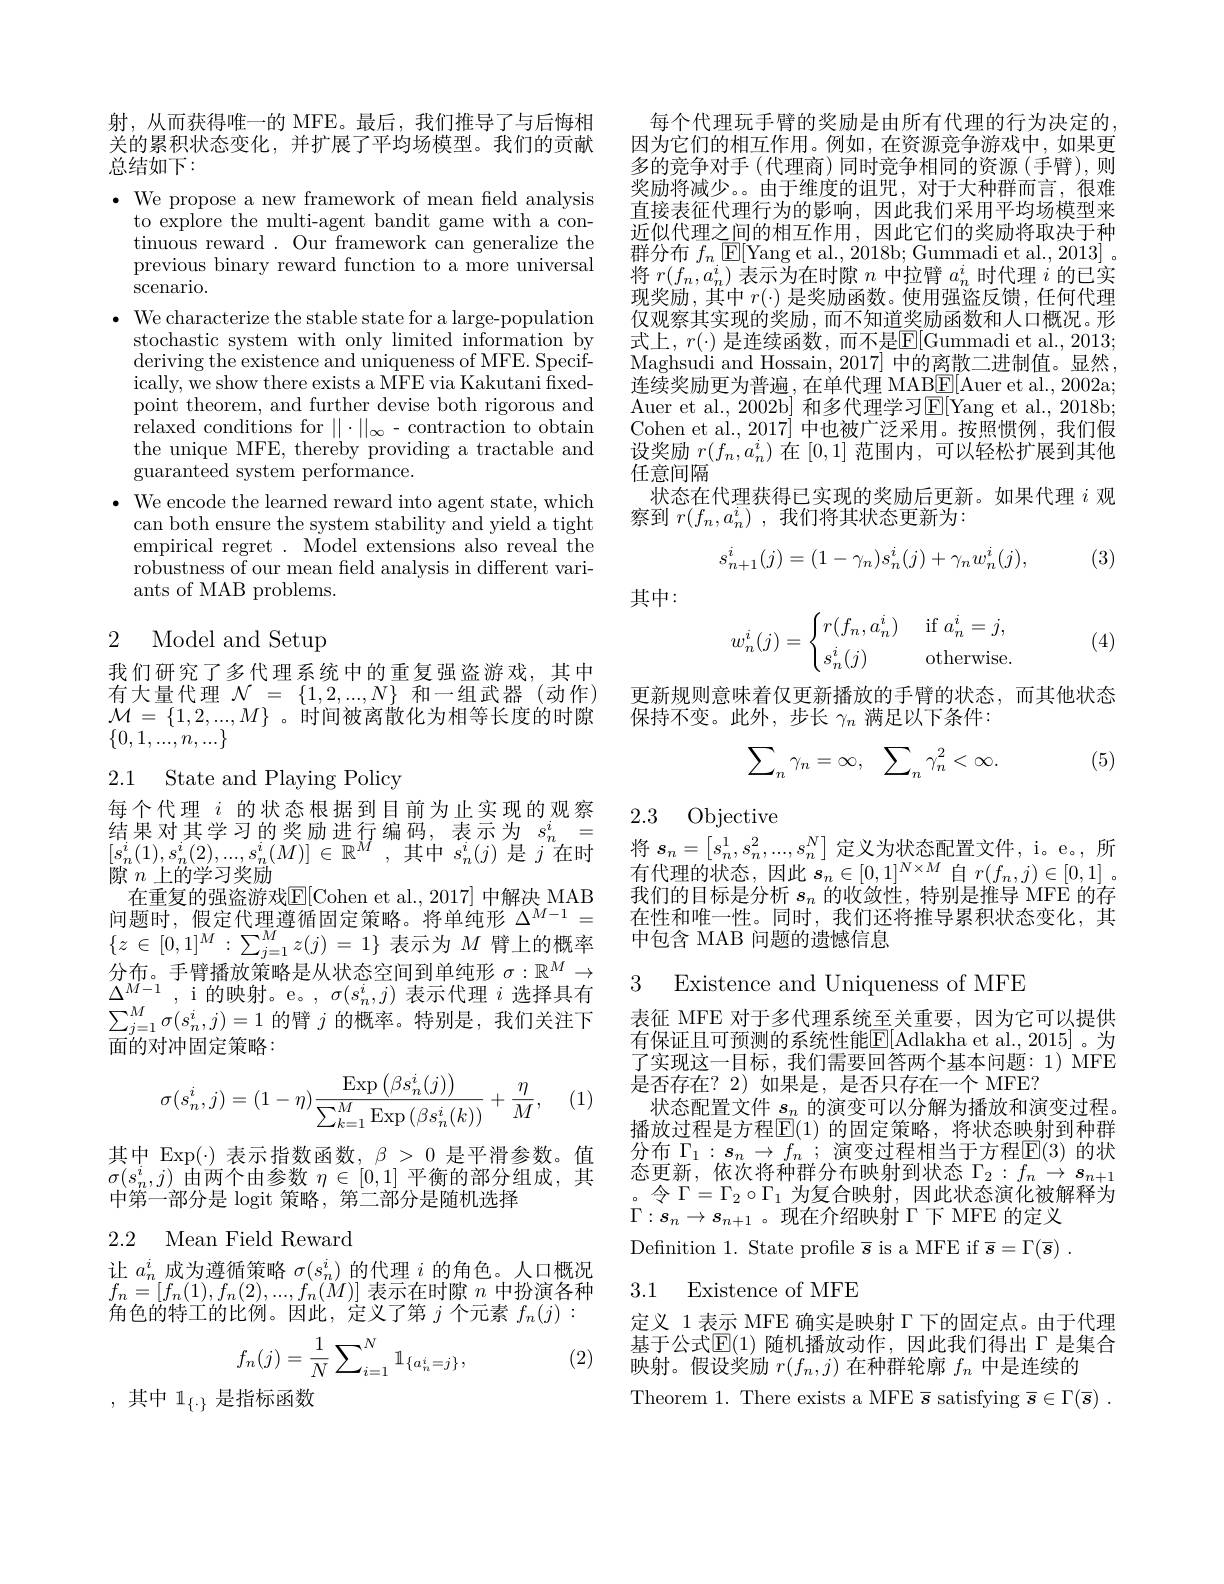
射，从而获得唯一的 MFE。最后，我们推导了与后悔相关的累积状态变化，并扩展了平均场模型。我们的贡献总结如下：

$\bullet$ We propose a new framework of mean feld analysis
to explore the multi-agent bandit game with a continuous reward . Our framework can generalize the previous binary reward function to a more universal scenario.
$\bullet$ We characterize the stable state for a large-population
stochastic system with only limited information by deriving the existence and uniqueness of MFE. Specifically, we show there exists a MFE via Kakutani fixed- point theorem, and further devise both rigorous and relaxed conditions for $\|\cdot\|_\infty-$contraction to obtain the unique MFE, thereby providing a tractable and guaranteed system performance.
$\bullet$ We encode the learned reward into agent state, which
can both ensure the system stability and yield a tight empirical regret . Model extensions also reveal the robustness of our mean field analysis in different variants of MAB problems.

## 2 Model and Setup

我们研究了多代理系统中的重复强盗游戏，其中有大量代理$\mathcal{N}=\{1,2,...,N\}$和一组武器(动作) $\mathcal{M}=\{1,2,...,M\}$。时间被离散化为相等长度的时隙$\{0,1,...,n,...\}$

2.1 State and Playing Policy

每个代理$i$的状态根据到目前为止实现的观察结果对其学习的奖励进行编码，表示为$s_n^i=$ $[ s_{n}^{i}( 1) , s_{n}^{i}( 2) , . . . , s_{n}^{i}( M) ] \in \mathbb{R} ^{M}$ ,其中$s_n^{i}(j)$ 是$j$在时隙$n$上的学习奖励
在重复的强盗游戏$\overline{\mathbb{E}}[$Cohen et al., 2017] 中解决 MAB
分 布 。手 臂 播 放 策 略 是 从 状 态 空 间 到 单 纯 形 $\sigma : \mathbb{R} ^M\to$ 3 Existence and Uniqueness of MFE $\sum _{j= 1}^M\sigma ( s_n^i, j) = 1$ 的 臂 $j$ 的 概 率 。特 别 是 , 我 们 关 注 下 表 征 MFE 对 于 多 代 理 系 统 至 关 重 要 , 因 为 它 可 以 提 供 在 你 如 中 由 已 等 做
面的对冲固定策略：

(1)
$$\sigma(s_n^i,j)=(1-\eta)\frac{\mathrm{Exp}\left(\beta s_n^i(j)\right)}{\sum_{k=1}^M\mathrm{Exp}\left(\beta s_n^i(k)\right)}+\frac{\eta}{M},$$
其中 Exp(\cdot) 表示指数函数，$\beta>0$是平滑参数。值$\sigma(s_n^i,j)$由两个由参数$\eta\in[0,1]$平衡的部分组成，其中第一部分是 logit 策略，第二部分是随机选择

## 2.2 Mean Field Reward

让$a_n^i$成为遵循策略$\sigma(s_n^i)$的代理$i$的角色。人口概况$\begin{array}{l}{f_{n}=[f_{n}(1),f_{n}(2),...,f_{n}(M)]\text{ 表示在时隙 }n\text{ 中扮演各种}}\\{f_{n}=[f_{n}(1),f_{n}(2),...,f_{n}(M)]\text{ 表示在时隙 }n\text{ 中扮演各种}}\end{array}$ 角色的特工的比例。因此，定义了第$j$个元素$f_n(j):$
$$f_n(j)=\frac{1}{N}\sum_{i=1}^{N}\mathbb{1}_{\{a_n^i=j\}},$$
(2)

,其中$1_\{\cdot\}$是指标函数

每个代理玩手臂的奖励是由所有代理的行为决定的， 因为它们的相互作用。例如，在资源竞争游戏中，如果更多的竞争对手(代理商)同时竞争相同的资源(手臂),则奖励将减少。。由于维度的诅咒，对于大种群而言，很难直接表征代理行为的影响，因此我们采用平均场模型来近似代理之间的相互作用，因此它们的奖励将取决于种群分布$f_n$ [E[Yang et al., 2018b; Gummadi et al., 2013]。将$r(f_n,a_n^i)$表示为在时隙$n$中拉臂$a_n^i$时代理$i$的已实现奖励，其中$r(\cdot)$是奖励函数。使用强盗反馈，任何代理仅观察其实现的奖励，而不知道奖励函数和人口概况。形$\begin{array}{l}{\text{式上，}r(\cdot)\text{ 是连续函数，而不是}\overline{\mathrm{E}}[\text{Gummadi et al., 2013;}\\{\text{Maghsudi and Hossain, 2017] 中的离散二进制值。显然}}\end{array}}\\\begin{array}{l}{{\mathrm{Maghsudi~and~Hossain,~2017]~}}}\\{{\mathrm{P}}}\end{array}$ 连续奖励更为普遍，在单代理 MAB$\underline{\mathrm{E}}[$Auer et al., 2002a; Auer et al., 2002b] 和多代理学习E[Yang et al., 2018b; Cohen et al., 2017] 中也被广泛采用。按照惯例，我们假设奖励$r(f_n,a_n^i)$在[0,1]范围内，可以轻松扩展到其他任意间隔
状态在代理获得已实现的奖励后更新。如果代理$i$观
察到$r( f_n, a_n^i)$ ,我们将其状态更新为：
$$s_{n+1}^i(j)=(1-\gamma_n)s_n^i(j)+\gamma_nw_n^i(j),$$
(3)

其中：
$$w_n^i(j)=\begin{cases}r(f_n,a_n^i)&\text{if}a_n^i=j,\\s_n^i(j)&\text{otherwise.}\end{cases}$$
(4)

更新规则意味着仅更新播放的手臂的状态，而其他状态
保持不变。此外，步长$\gamma_n$满足以下条件：

(5)
$$\sum_n\gamma_n=\infty,\:\sum_n\gamma_n^2<\infty.$$
2.3 Objective

将$s_n=[s_n^1,s_n^2,...,s_n^N]$定义为状态配置文件，i。e。,所有代理的状态，因此$s_n\in[0,1]^{N\times M}$自$r(f_n,j)\in[0,1]$ 。我们的目标是分析$s_n$的收敛性，特别是推导 MFE 的存在性和唯一性。同时，我们还将推导累积状态变化，其
问 题 时 , 假 定 代 理 遵 循 固 定 策 略 。将 单 纯 形 $\Delta ^{M- 1}=$在 性 和 唯 一 性 。同 时 , 我 们 还 $\{ z\in [ 0, 1] ^M: \sum _{j= 1}^Mz( j) = 1\}$ 表 示 为 $M$ 臂 上 的 概 率 中 包 含 MAB 问 题 的 遗 憾 信 息

有保证且可预测的系统性能E[ Adlakha et al. , 2015] 。为了实现这一目标，我们需要回答两个基本问题：1) MFE 是否存在？2) 如果是，是否只存在一个 MFE?
状态配置文件$s_n$的演变可以分解为播放和演变过程。播放过程是方程$\boxed{\mathrm{F}}(1)$ 的固定策略，将状态映射到种群分布 $\Gamma_1:s_n\to f_n$ ;演变过程相当于方程$\mathbb{E}(3)$ 的状态更新，依次将种群分布映射到状态$\Gamma_2:f_n\to s_{n+1}$
令$\Gamma=\Gamma_2\circ\Gamma_1$为复合映射，因此状态演化被解释为
$\Gamma:s_n\to s_{n+1}$。现在介绍映射 Г下 MFE 的定义Definition 1. State profile $\overline{s}$ is a MFE if $\overline {s}= \Gamma ( \overline {s})$ .

### 3.1 Existence of MFE

定义 1 表示 MFE 确实是映射$\Gamma$下的固定点。由于代理基于公式$\mathbb{E}(1)$ 随机播放动作，因此我们得出 Г 是集合映射。假设奖励$r(f_n,j)$在种群轮廓$f_n$中是连续的
Theorem 1. There exists a MFE $\overline{s}$ satisfying $\overline {s}\in \Gamma ( \overline {s})$ .